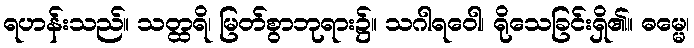
ရဟန်းသည်။ သတ္ထရိ၊ မြတ်စွာဘုရား၌။ သဂါရဝေါ၊ ရိုသေခြင်းရှိ၏။ ဓမ္မေ၊